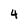
Character: 4